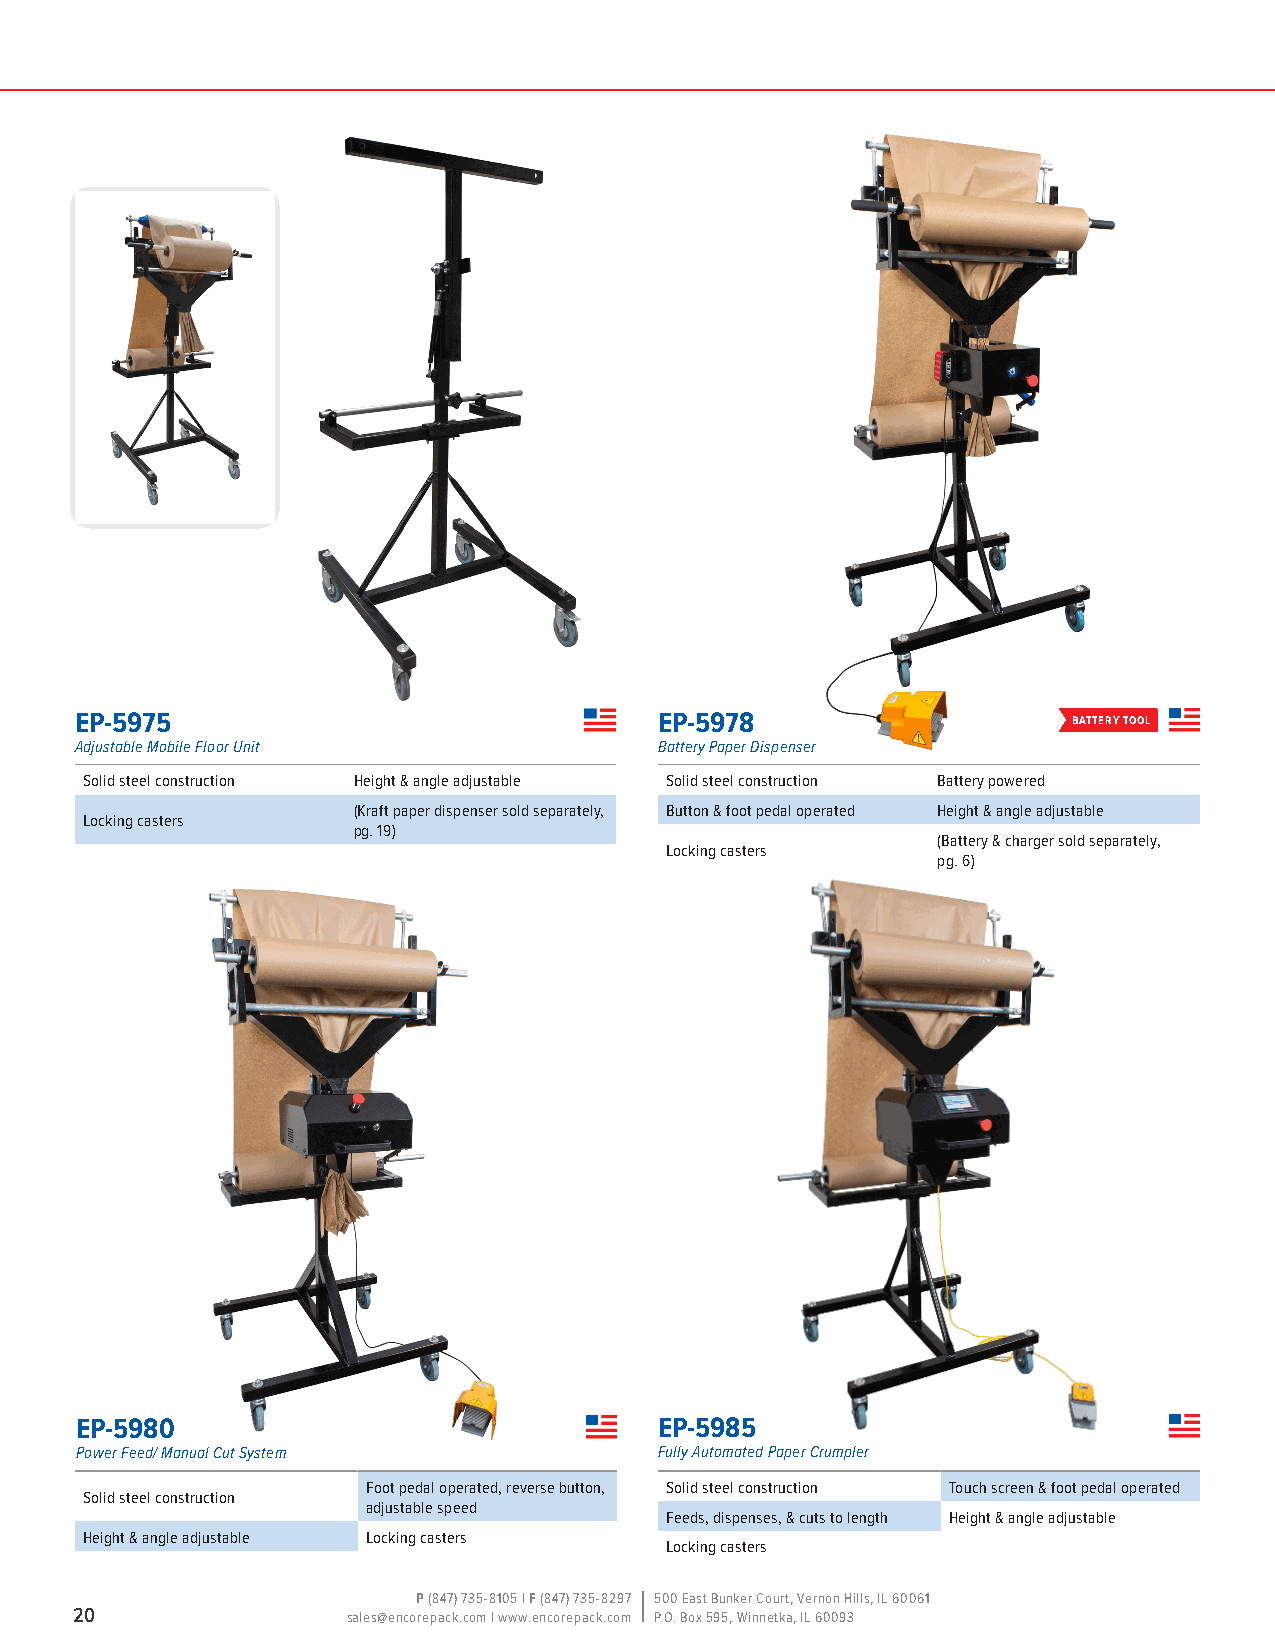
EP-5975                                EP-5978                    battery tool
 Adjustable Mobile Floor Unit           Battery Paper Dispenser
 Solid steel construction Height & angle adjustable Solid steel construction Battery powered
 (Kraft paper dispenser sold separately, Button & foot pedal operated Height & angle adjustable
 Locking casters
 pg. 19)
 (Battery & charger sold separately,
 Locking casters
 pg. 6)
 EP-5980                                EP-5985
 Power Feed/ Manual Cut System          Fully Automated Paper Crumpler
 Foot pedal operated, reverse button, Solid steel construction Touch screen & foot pedal operated
 Solid steel construction
 adjustable speed
 Feeds, dispenses, & cuts to length Height & angle adjustable
 Height & angle adjustable Locking casters
 Locking casters
 P (847) 735-8105 | F (847) 735-8297 500 East Bunker Court, Vernon Hills, IL 60061
 20                sales@encorepack.com | www.encorepack.com P.O. Box 595, Winnetka, IL 60093